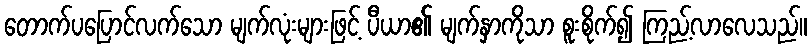
တောက်ပပြောင်လက်သော မျက်လုံးများဖြင့် ပီယာ၏ မျက်နှာကိုသာ စူးစိုက်၍ ကြည့်လာလေသည်။